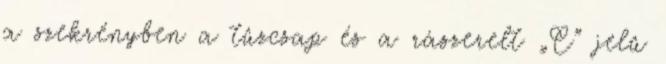
a szekrényben a tûzcsap és a rászerelt „C” jelû